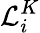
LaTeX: \mathcal{L}_{i}^{K}